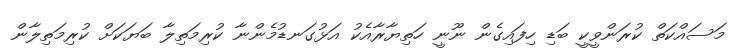
މަސައްކަތް ކުރަންވީކީ ބަޑި ހިފައިގެން ނޫނީ ހަތިޔާރާއެކު އަޅުގަނޑުމެންނާ ކުރިމަތިލާ ބަޔަކަށް ކުރިމަތިލާން